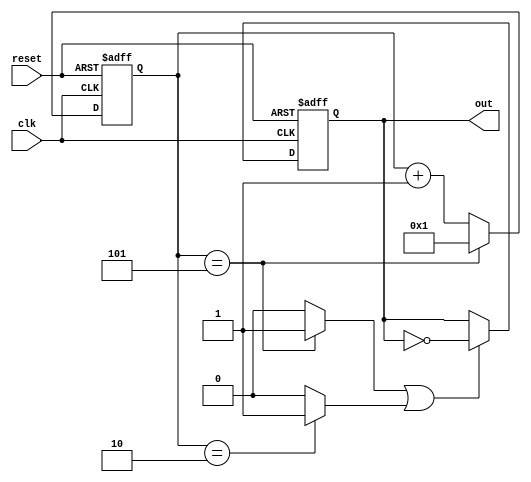
`timescale 1ns / 1ps
//////////////////////////////////////////////////////////////////////////////////
// Company: 
// Engineer: 
// 
// Design Name: 
// Module Name:    topmodule 
// Project Name: 
// Target Devices: 
// Tool versions: 
// Description: 
//
// Dependencies: 
//
// Revision: 
// Revision 0.01 - File Created
// Additional Comments: 
//
//////////////////////////////////////////////////////////////////////////////////
module divider(
reset,
out,
clk
);

output out;
input clk;
input reset;

parameter divisor1 = 5;
parameter divisor2 = 2;

reg[31:0] cnt1;
reg result;
wire EN;
wire compare1,compare2;


// counter
always@(posedge clk or negedge reset)
begin
   if(reset == 0)
      cnt1 <= 0;
	else if(cnt1 == divisor1)
		cnt1 <= 1;
	else
		cnt1 <= cnt1 + 1;
end

//comparatorA for posedge
assign compare1 = (cnt1 == 5) ? 1 : 0;

//comparatorB for nevedge
assign compare2 = (cnt1 == divisor2) ? 1 : 0;

assign EN = compare1 | compare2;
 
// D-type flip-flop output 
// posedge clk && (compareA || compareB) ???
always@(posedge clk or negedge reset)
begin
	if(reset == 0)
		result <= 0;
	else if(EN) 
	result <= !result;
		// do nothing
end

assign out = result;
endmodule